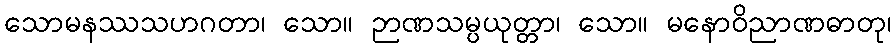
သောမနဿသဟဂတာ၊ သော။ ဉာဏသမ္ပယုတ္တာ၊ သော။ မနောဝိညာဏဓာတု၊